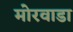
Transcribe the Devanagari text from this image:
मोरवाडा